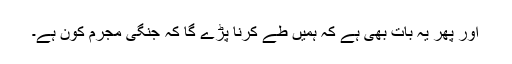
اور پھر یہ بات بھی ہے کہ ہمیں طے کرنا پڑے گا کہ جنگی مجرم کون ہے۔